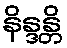
နိန္ဒန္တိ